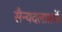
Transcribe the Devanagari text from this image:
सैन्यदलातर्फे